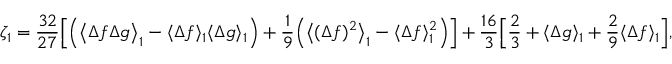
\begin{array} { c c c } { \displaystyle { \zeta _ { 1 } = \frac { 3 2 } { 2 7 } \Big [ \Big ( \big \langle \Delta f \Delta g \big \rangle _ { 1 } - \langle \Delta f \rangle _ { 1 } \langle \Delta g \rangle _ { 1 } \Big ) + \frac { 1 } { 9 } \Big ( \big \langle ( \Delta f ) ^ { 2 } \big \rangle _ { 1 } - \langle \Delta f \rangle _ { 1 } ^ { 2 } \Big ) \Big ] + \frac { 1 6 } { 3 } \Big [ \frac { 2 } { 3 } + \langle \Delta g \rangle _ { 1 } + \frac { 2 } { 9 } \langle \Delta f \rangle _ { 1 } \Big ] , } } \end{array}